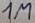
Text: 1M